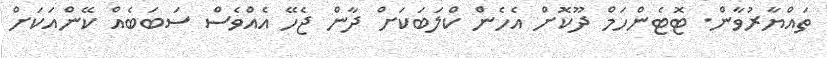
ތައްޔާރުވާން. ޓޮޓެންހަމް ދޫކޮށް އެހެން ކްލަބަކަށް ދާން ޖެހޭ އެއްވެސް ސަބަބެއް ކޭންއަކަށް